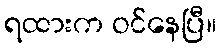
ရထားက ဝင်နေပြီ။